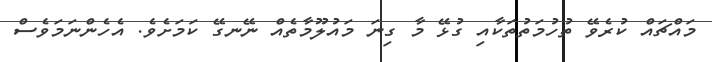
މައްޗައް ކުރެވޭ ތުހުމަތުތަކާއި ގުޅޭ މާ ގިނަ މައުލޫމާތެއް ނޭނގޭ ކަމަށެވެ. އެހެންނަމަވެސް